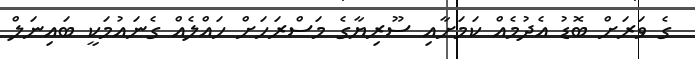
ގެ ވަރަށް ބޮޑު އެދުމެއް ކަމަށާއި ސޫރިޔާގެ މަސްރަހަށް ހައްލެއް ގެނައުމަކީ ބައިނަލް